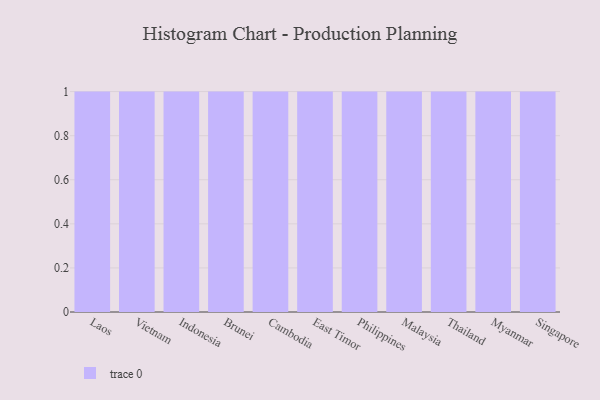
{"axis": {"x": "Country", "y": "Inventory Turnover"}, "legend": [""], "data": [{"x": "Laos", "y": 74, "type": ""}, {"x": "Vietnam", "y": 33, "type": ""}, {"x": "Indonesia", "y": 2, "type": ""}, {"x": "Brunei", "y": 89, "type": ""}, {"x": "Cambodia", "y": 11, "type": ""}, {"x": "East Timor", "y": 27, "type": ""}, {"x": "Philippines", "y": 13, "type": ""}, {"x": "Malaysia", "y": 54, "type": ""}, {"x": "Thailand", "y": 8, "type": ""}, {"x": "Myanmar", "y": 10, "type": ""}, {"x": "Singapore", "y": 53, "type": ""}]}